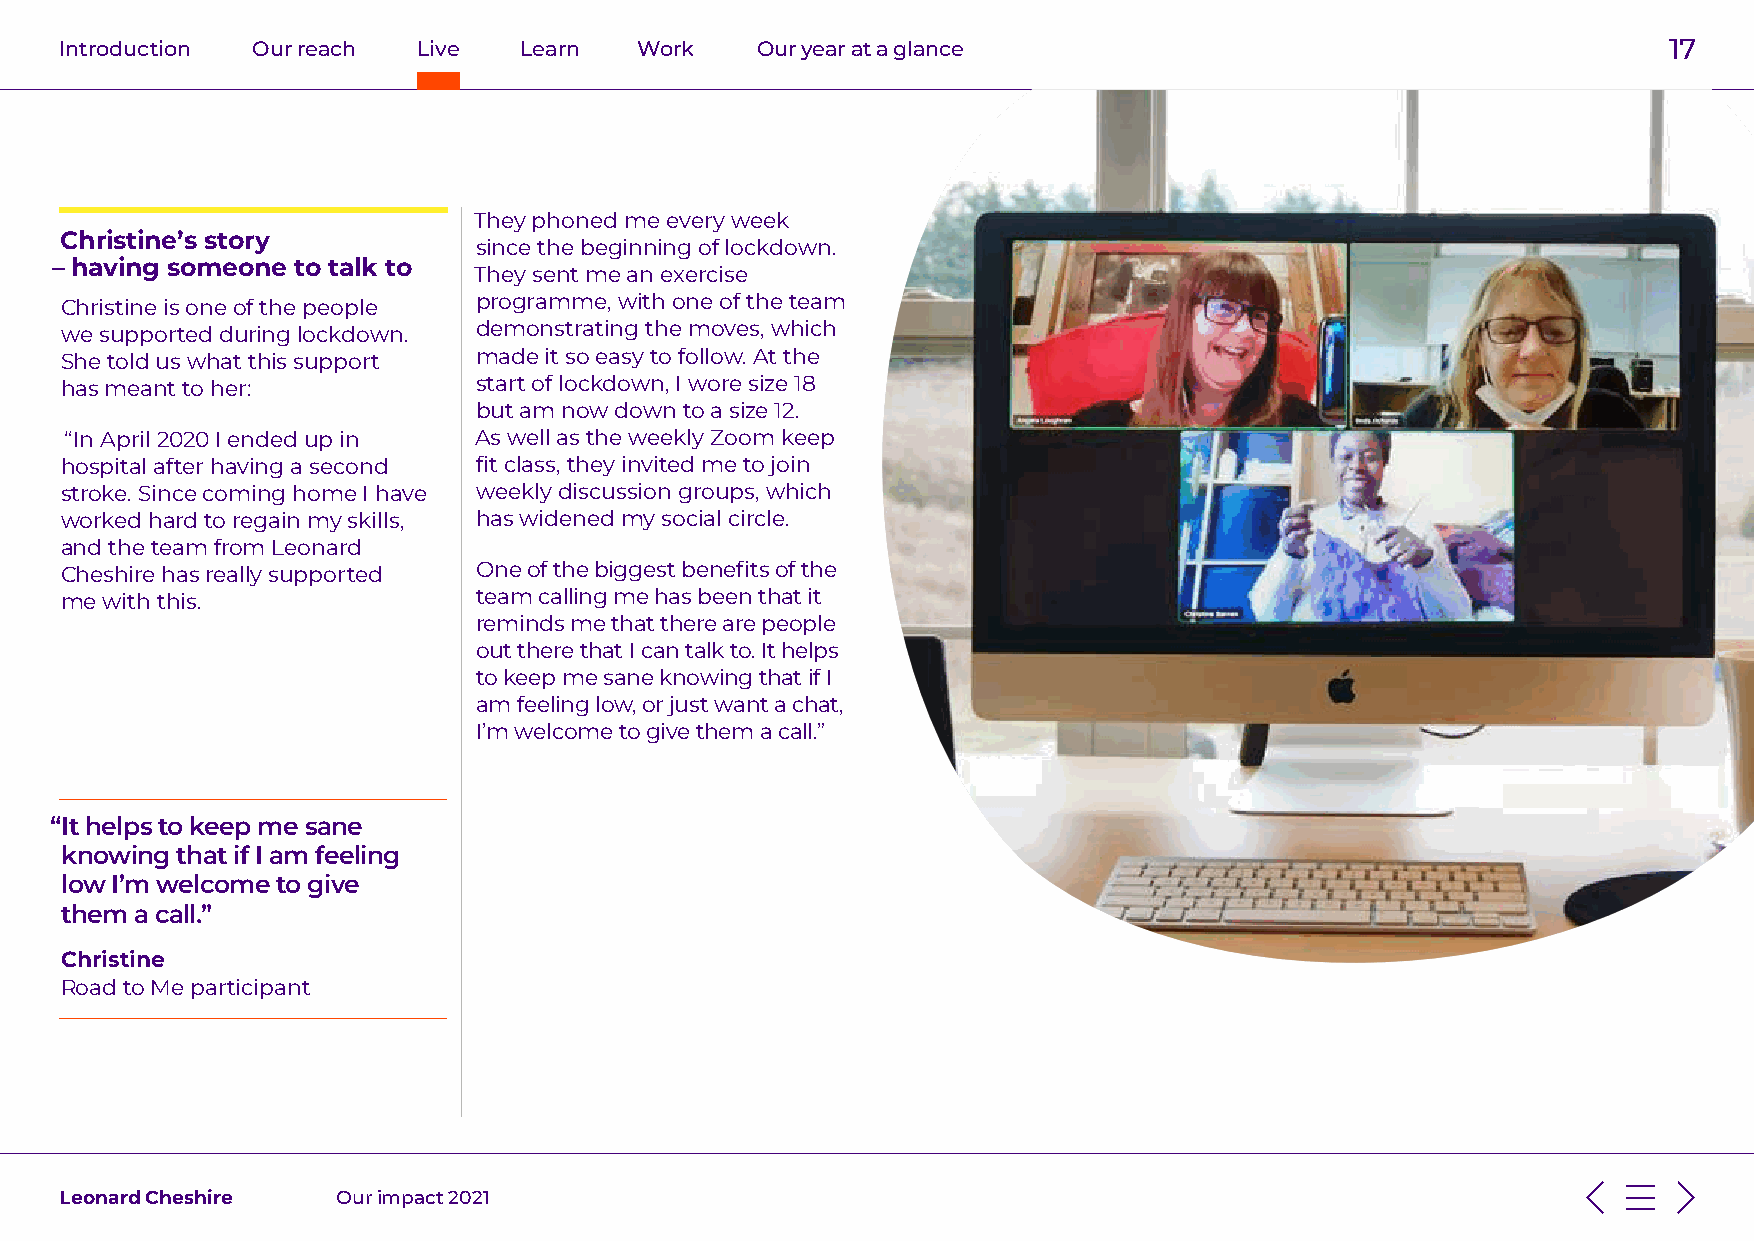
Introduction Our reach  Live  Learn   Work    Our year at a glance                                        17
 They phoned me every week
 Christine’s story
 since the beginning of lockdown.
 – having someone to talk to
 They sent me an exercise
 Christine is one of the people programme, with one of the team
 we supported during lockdown. demonstrating the moves, which
 She told us what this support made it so easy to follow. At the
 has meant to her:           start of lockdown, I wore size 18
 but am now down to a size 12.
 “In April 2020 I ended up in As well as the weekly Zoom keep
 hospital after having a second fit class, they invited me to join
 stroke. Since coming home I have weekly discussion groups, which
 worked hard to regain my skills, has widened my social circle.
 and the team from Leonard
 Cheshire has really supported One of the biggest benefits of the
 me with this.               team calling me has been that it
 reminds me that there are people
 out there that I can talk to. It helps
 to keep me sane knowing that if I
 am feeling low, or just want a chat,
 I’m welcome to give them a call.”
 “It helps to keep me sane
 knowing that if I am feeling
 low I’m welcome to give
 them a call.”
 Christine
 Road to Me participant
 Leonard Cheshire  Our impact 2021